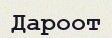
Дароот